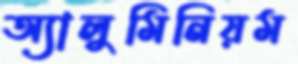
অ্যালুমিনিয়ম